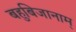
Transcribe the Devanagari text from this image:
बहुबिजानाम्